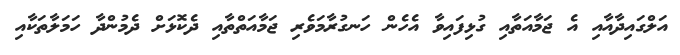
އަލްގައިދާއާއި އެ ޖަމާއަތާއި ގުޅިފައިވާ އެހެން ހަނގުރާމަވެރި ޖަމާއަތްތާއި ދެކޮޅަށް ދެމުންދާ ހަމަލާތަކާއި